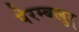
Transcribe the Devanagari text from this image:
पेरम्बलुर्